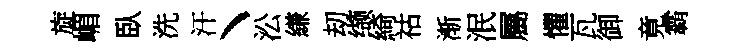
旋嵋臥洗汗丶㳂縑刧缬綺祜渐泯屬懼瓦御竟霸